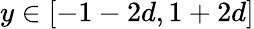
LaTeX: y\in[-1-2d,1+2d]